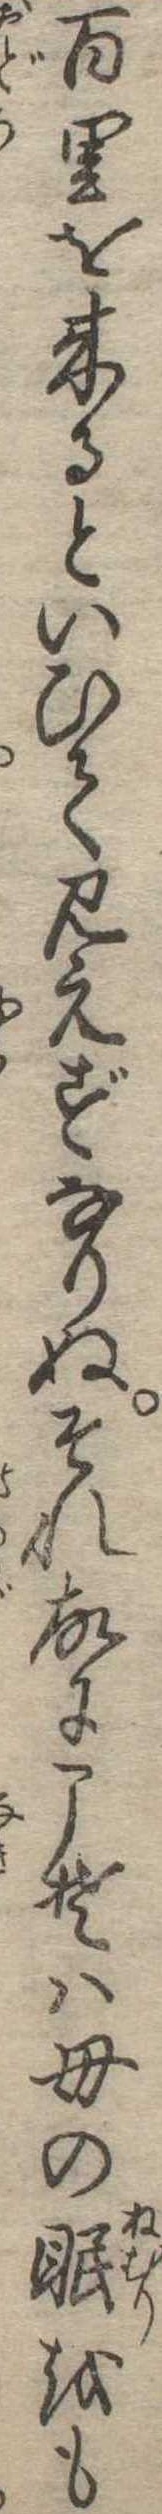
百里を来るといひて見えずなりぬそれ故にこそは母の眠をも